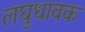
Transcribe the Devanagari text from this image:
लघुधावक